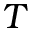
T